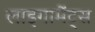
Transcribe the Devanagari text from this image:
लाइगामेंट्स